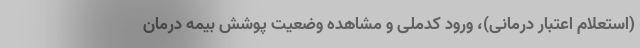
(استعلام اعتبار درمانی)، ورود کدملی و مشاهده وضعیت پوشش بیمه درمان